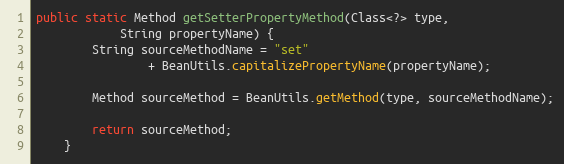
Language: Java
public static Method getSetterPropertyMethod(Class<?> type,
			String propertyName) {
		String sourceMethodName = "set"
				+ BeanUtils.capitalizePropertyName(propertyName);

		Method sourceMethod = BeanUtils.getMethod(type, sourceMethodName);

		return sourceMethod;
	}